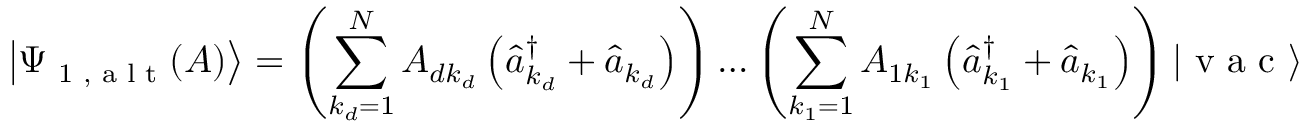
\left| \Psi _ { \textrm { 1 , a l t } } ( A ) \right\rangle = \left( \sum _ { k _ { d } = 1 } ^ { N } A _ { d k _ { d } } \left( \hat { a } _ { k _ { d } } ^ { \dagger } + \hat { a } _ { k _ { d } } \right) \right) \ldots \left( \sum _ { k _ { 1 } = 1 } ^ { N } A _ { 1 k _ { 1 } } \left( \hat { a } _ { k _ { 1 } } ^ { \dagger } + \hat { a } _ { k _ { 1 } } \right) \right) | \textrm { v a c } \rangle